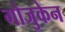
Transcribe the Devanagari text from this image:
गोजुकेन